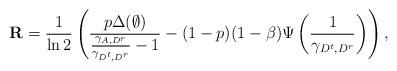
LaTeX: \begin{align*}\mathbf R=\frac{1}{\ln 2}\left(\frac{p\Delta(\emptyset)}{\frac{\gamma_{A,D^{r}}}{\gamma_{D^{t},D^{r}}}-1}-(1-p)(1-\beta)\Psi\left(\frac{1}{\gamma_{D^{t},D^{r}}}\right)\right),\end{align*}